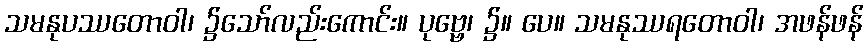
သမနုပဿတောဝါ၊ ၌သော်လည်းကောင်း။ ပုဗ္ဗေ၊ ၌။ ပေ။ သမနုဿရတောဝါ၊ အဖန်ဖန်